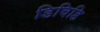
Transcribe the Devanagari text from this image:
डिविडि